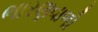
ભારણવાળી